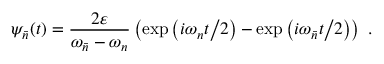
\psi _ { \bar { n } } ( t ) = { \frac { 2 \varepsilon } { \omega _ { \bar { n } } - \omega _ { n } } } \left( { \exp \left( { { { i \omega _ { n } t } \mathord { \left/ { \vphantom { { i \omega _ { n } t } 2 } } \right. \kern - \nulldelimiterspace } 2 } } \right) - \exp \left( { { { i \omega _ { \bar { n } } t } \mathord { \left/ { \vphantom { { i \omega _ { \bar { n } } t } 2 } } \right. \kern - \nulldelimiterspace } 2 } } \right) } \right) \ .